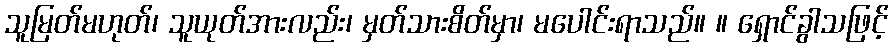
သူမြတ်မဟုတ်၊ သူယုတ်အားလည်း၊ မှတ်သားစိတ်မှာ၊ မပေါင်းရာသည်။ ။ ရှောင်ခွါသဖြင့်